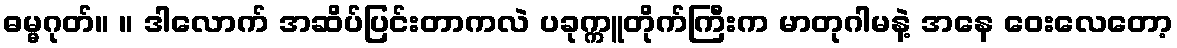
ဓမ္မဂုတ်။ ။ ဒါလောက် အဆိပ်ပြင်းတာကလဲ ပခုက္ကူတိုက်ကြီးက မာတုဂါမနဲ့ အနေ ဝေးလေတော့